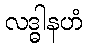
လဒ္ဓါနဟံ